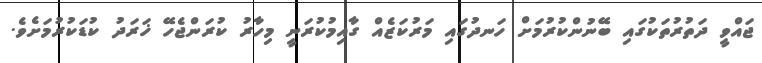
ޖައްވީ ދަތުރުތަކުގައި ބޭނުންކުރުމަށް ހަނދުގައި މަރުކަޒެއް ގާއިމުކުރަނީ މިހާރު ކުރަންޖެހޭ ޚަރަދު ކުޑަކުރުމަށެވެ.